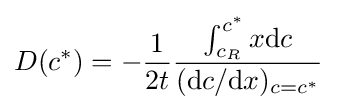
D(c^{*})=-{\frac {1}{2t}}{\frac {\int _{c_{R}}^{c^{*}}x\mathrm {d} c}{(\mathrm {d} c/\mathrm {d} x)_{c=c^{*}}}}